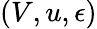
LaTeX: (V,u,\epsilon)